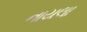
નાયલા